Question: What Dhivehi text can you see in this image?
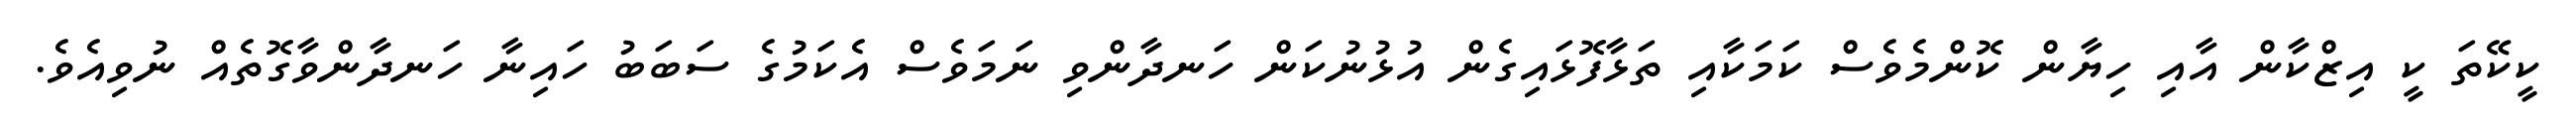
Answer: ކީކޭތަ ކީ އިޒްކާން އާއި ހިޔާން ކޮންމެވެސް ކަމަކާއި ތަޅާފޮޅައިގެން އުޅުނުކަން ހަނދާންވި ނަމަވެސް އެކަމުގެ ސަބަބު ހައިނާ ހަނދާންވާގޮތެއް ނުވިއެވެ.